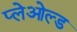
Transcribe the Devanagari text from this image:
प्लेओल्ड